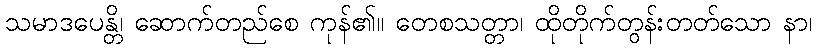
သမာဒပေန္တိ၊ ဆောက်တည်စေ ကုန်၏။ တေစသတ္တာ၊ ထိုတိုက်တွန်းတတ်သော နာ၊